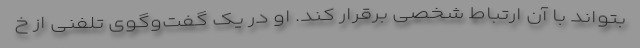
بتواند با آن ارتباط شخصی برقرار کند. او در یک گفت‌وگوی تلفنی از خ